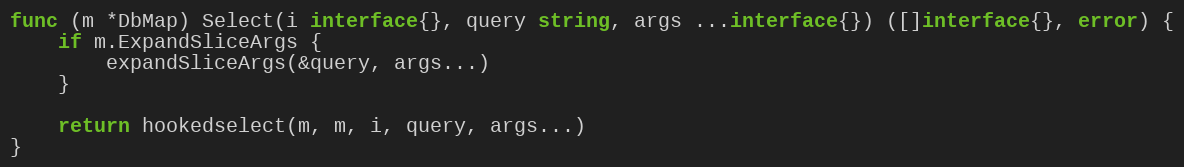
Language: Go
func (m *DbMap) Select(i interface{}, query string, args ...interface{}) ([]interface{}, error) {
	if m.ExpandSliceArgs {
		expandSliceArgs(&query, args...)
	}

	return hookedselect(m, m, i, query, args...)
}